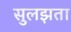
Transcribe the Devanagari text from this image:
सुलझता